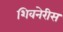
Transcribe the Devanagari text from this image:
शिवनेरीस